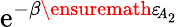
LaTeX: \mathrm{e}^{-\beta\ensuremath{\varepsilon}_{\! A_{2}}}